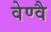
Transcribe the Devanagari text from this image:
वेण्वै